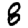
Digit: 8